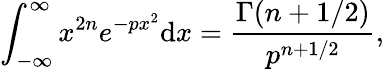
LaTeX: \int_{-\infty}^{\infty}x^{2n}e^{-px^{2}}\mathrm{d}x={\frac{\Gamma(n+1/2)}{p^{n+1/2}}},